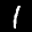
Label: 1